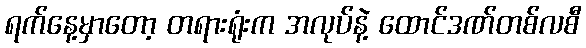
ရက်နေ့မှာတော့ တရားရုံးက အလုပ်နဲ့ ထောင်ဒဏ်တစ်လစီ